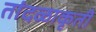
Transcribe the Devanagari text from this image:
तांदळाकृती